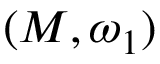
( M , \omega _ { 1 } )